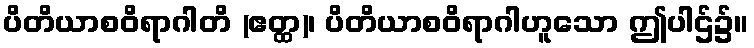
ပိတိယာစဝိရာဂါတိ (ဧတ္ထ)၊ ပိတိယာစဝိရာဂါဟူသော ဤပါဌ်၌။